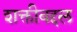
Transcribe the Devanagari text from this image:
शक्तीबद्दल